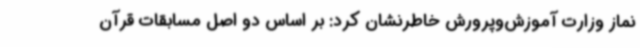
نماز وزارت آموزش‌وپرورش خاطرنشان کرد: بر اساس دو اصل مسابقات قرآن